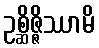
ဥစ္ဆိဇ္ဇိဿာမိ